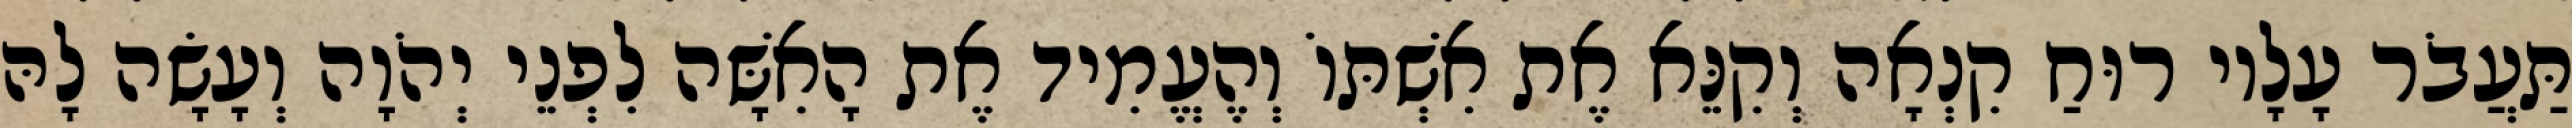
תַּעֲבֹר עָלָיו רוּחַ קִנְאָה וְקִנֵּא אֶת אִשְׁתּוֹ וְהֶעֱמִיד אֶת הָאִשָּׁה לִפְנֵי יְהֹוָה וְעָשָׂה לָהּ